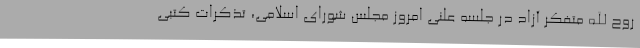
روح الله متفکر آزاد در جلسه علنی امروز مجلس شورای اسلامی، تذکرات کتبی